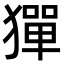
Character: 㺗